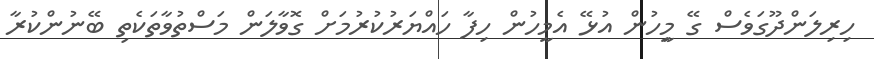
ހިރިލަންދޫގަވެސް ގޭ މީިހުން އުޅޭ އެމީހުން ހިފާ ހައްޔަރުކުރުމަށް ގޮވާލަން މަސްތުވާތަކެތި ބޭނުންކުރާ